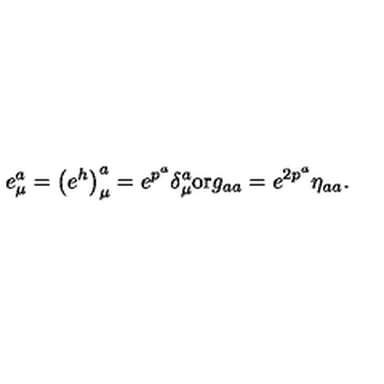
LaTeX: e _ { \mu } ^ { a } = \left( e ^ { h } \right) _ { \mu } ^ { a } = e ^ { p ^ { a } } \delta _ { \mu } ^ { a } \mathrm { o r } g _ { a a } = e ^ { 2 p ^ { a } } \eta _ { a a } .